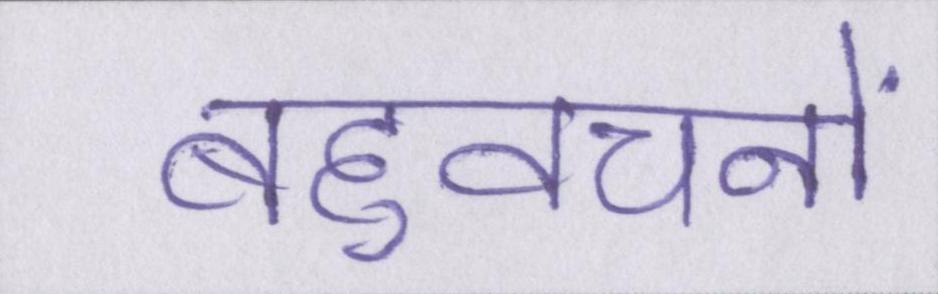
बहुवचनों